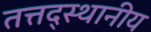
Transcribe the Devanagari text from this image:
तत्तद्स्थानीय